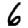
Digit: 6